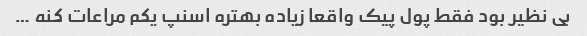
بی نظیر بود فقط پول پیک واقعا زیاده بهتره اسنپ یکم مراعات کنه …